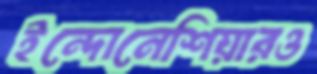
ইন্দোনেশিয়ারও